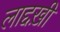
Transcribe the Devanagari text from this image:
लाद्दख़ी